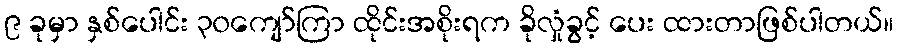
၉ ခုမှာ နှစ်ပေါင်း ၃၀ကျော်ကြာ ထိုင်းအစိုးရက ခိုလှုံခွင့် ပေး ထားတာဖြစ်ပါတယ်။